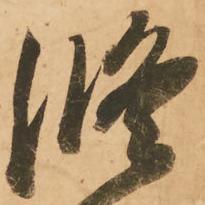
修